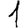
Digit: 1